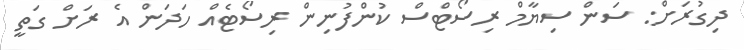
ދިގުރަށް: ސަން ސިޔާމް ރިސޯޓްސް ކުންފުނިން ރިސޯޓެއް ހަދަން އެ ރަށް ގަތީ